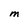
Character: M